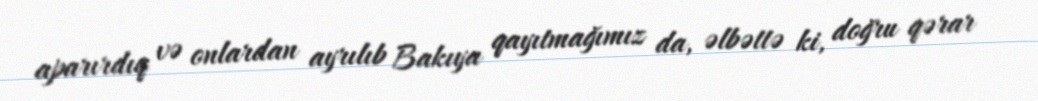
aparırdıq və onlardan ayrılıb Bakıya qayıtmağımız da, əlbəttə ki, doğru qərar